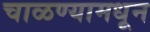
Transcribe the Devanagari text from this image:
चाळण्यामधून